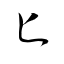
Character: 匕